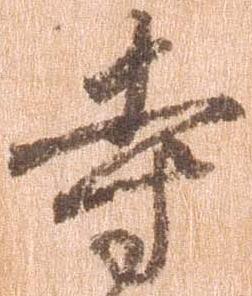
寺